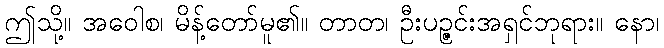
ဤသို့။ အဝေါစ၊ မိန့်တော်မူ၏။ တာတ၊ ဦးပဉ္ဇင်းအရှင်ဘုရား။ နော၊